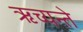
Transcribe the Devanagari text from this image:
ऋच्यन्ते